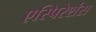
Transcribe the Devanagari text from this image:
एस्पिरेशंस